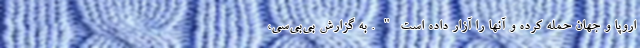
اروپا و جهان حمله کرده و آنها را آزار داده است". به گزارش بی‌بی‌سی،